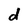
Character: d